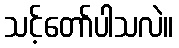
သင့်တော်ပါသလဲ။